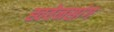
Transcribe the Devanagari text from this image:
ह्ववेनसांग